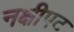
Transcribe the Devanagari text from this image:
नक्षीपट